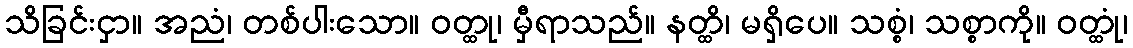
သိခြင်းငှာ။ အညံ၊ တစ်ပါးသော။ ဝတ္ထု၊ မှီရာသည်။ နတ္ထိ၊ မရှိပေ။ သစ္စံ၊ သစ္စာကို။ ဝတ္ထုံ၊